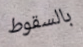
بالسقوط